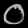
Digit: ၀